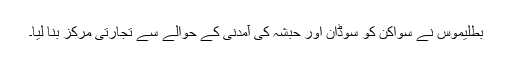
بطلیموس نے سواکن کو سوڈان اور حبشہ کی آمدنی کے حوالے سے تجارتی مرکز بنا لیا۔